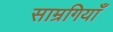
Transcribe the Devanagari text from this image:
साम्रगियाँ